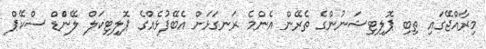
މިރާއްޖޭގައި ތިބި ޕޮލިޓިޝަނުންގެ ތެރޭން އެންމެ ރަނގަޅަށް އެބޭފުޅެއްގެ ޕޮލިޓިކަލް ލޭންްޑް ސްކޭޕް